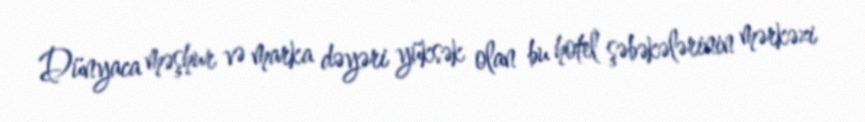
Dünyaca məşhur və marka dəyəri yüksək olan bu hotel şəbəkələrinin mərkəzi